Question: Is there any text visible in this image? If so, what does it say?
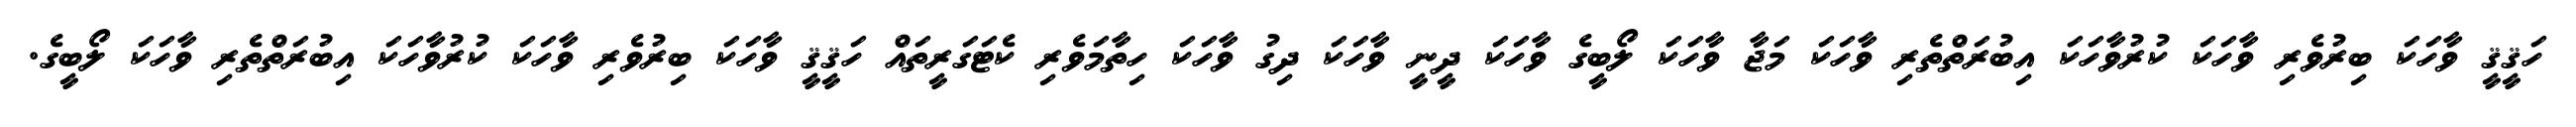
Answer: ހަޤީޤީ ވާހަކަ ބިރުވެރި ވާހަކަ ކުރުވާހަކަ އިބުރަތްތެރި ވާހަކަ މަޖާ ވާހަކަ ލޯބީގެ ވާހަކަ ދީނީ ވާހަކަ ދިގު ވާހަކަ ހިތާމަވެރި ކެޓަގަރީތައް ހަޤީޤީ ވާހަކަ ބިރުވެރި ވާހަކަ ކުރުވާހަކަ އިބުރަތްތެރި ވާހަކަ ލޯބީގެ.